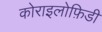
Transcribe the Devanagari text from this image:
कोराइलोफ़िडी